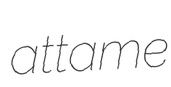
attame